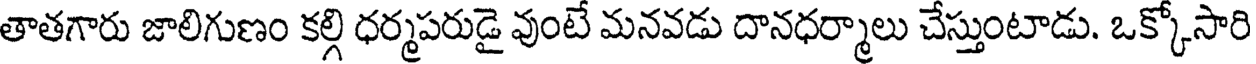
తాతగారు జాలిగుణం కల్గి ధర్మపరుడై వుంటే మనవడు దానధర్మాలు చేస్తుంటాడు. ఒక్కోసారి